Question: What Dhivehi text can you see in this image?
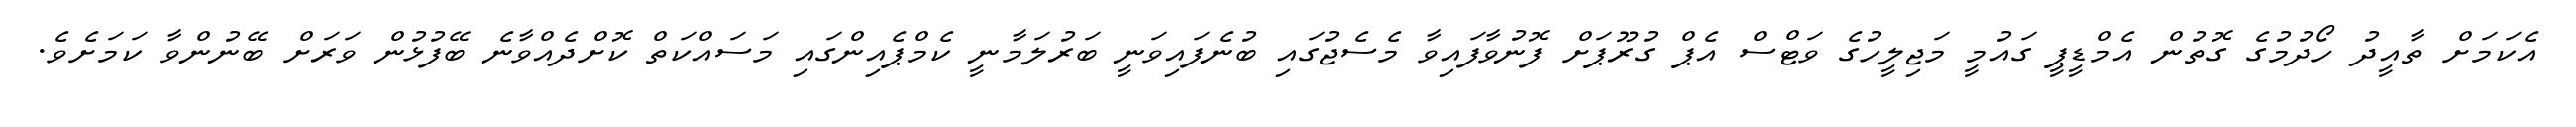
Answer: އެކަމަށް ތާއީދު ހޯދުމުގެ ގޮތުން އެމްޑީޕީ ގައުމީ މަޖިލީހުގެ ވަޓްސް އެޕް ގުރޫޕަށް ފޮނުވާފައިވާ މެސެޖުގައި ބުނެފައިވަނީ ބަރުލަމާނީ ކެމްޕެއިންގައި މަސައްކަތް ކޮށްދެއްވާނެ ބޭފުޅުން ވަރަށް ބޭނުންވާ ކަމަށެވެ.